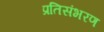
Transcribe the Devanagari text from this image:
प्रतिसंभरण